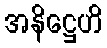
အနိဋ္ဌေဟိ